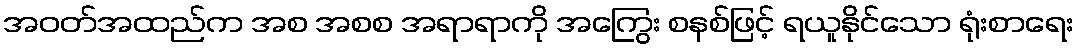
အဝတ်အထည်က အစ အစစ အရာရာကို အကြွေး စနစ်ဖြင့် ရယူနိုင်သော ရုံးစာရေး